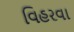
વિહરવા